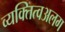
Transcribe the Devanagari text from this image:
व्यक्तित्वअलग